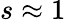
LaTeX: s\approx 1